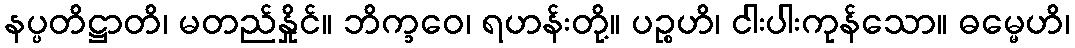
နပ္ပတိဋ္ဌာတိ၊ မတည်နှိုင်။ ဘိက္ခဝေ၊ ရဟန်းတို့။ ပဉ္စဟိ၊ ငါးပါးကုန်သော။ ဓမ္မေဟိ၊